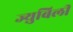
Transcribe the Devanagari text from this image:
ज्य़ुबिली